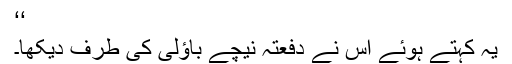
‘‘
یہ کہتے ہُوئے اس نے دفعتہً نیچے باؤلی کی طرف دیکھا۔